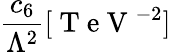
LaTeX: \frac{c_{6}}{\Lambda^{2}}[\mathrm{~T~e~V~}^{-2}]